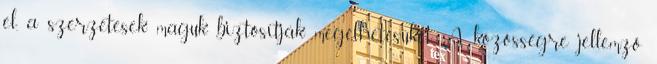
el, a szerzetesek maguk biztosítják megélhetésüket. A közösségre jellemző